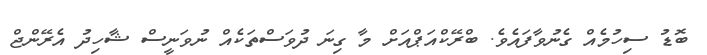
ބޮޑު ސިހުމެއް ގެނުވާފައެވެ. ބްރޭކްއަޕްއަށް މާ ގިނަ ދުވަސްތަކެއް ނުވަނީސް ޝާހިދު އެރޭންޖް